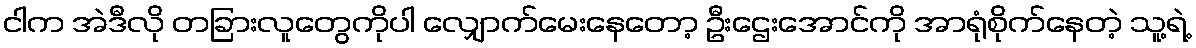
ငါက အဲဒီလို တခြားလူတွေကိုပါ လျှောက်မေးနေတော့ ဦးဌေးအောင်ကို အာရုံစိုက်နေတဲ့ သူ့ရဲ့